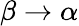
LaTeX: \beta\rightarrow\alpha